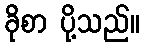
ခိုစာ ပို့သည်။